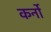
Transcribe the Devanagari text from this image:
कर्नो